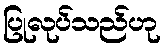
ပြုလုပ်သည်ဟု